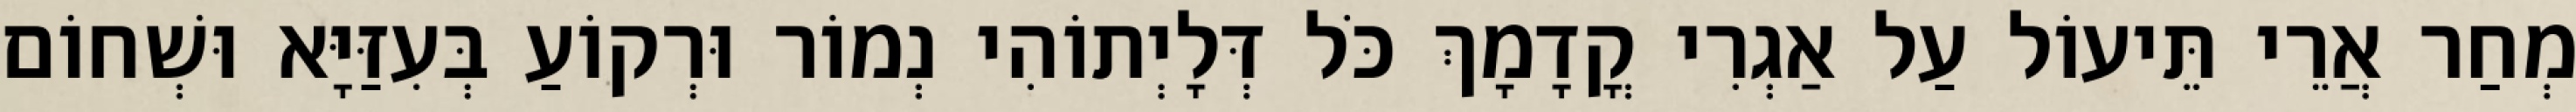
מְחַר אֲרֵי תֵּיעוֹל עַל אַגְרִי קֳדָמָךְ כֹּל דְּלָיְתוֹהִי נְמוֹר וּרְקוֹעַ בְּעִזַּיָּא וּשְׁחוֹם